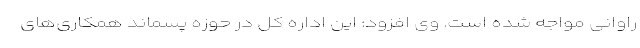
راوانی مواجه شده است. وی افزود: این اداره کل در حوزه پسماند همکاری‌های